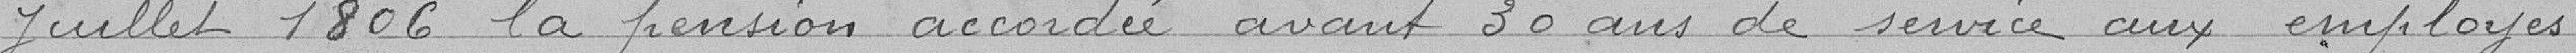
juillet 1806 la pension accordée avant 30 ans de service aux employés